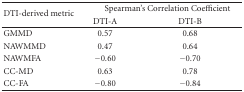
<table><thead><tr><td rowspan="2"><b>DTI-derived metric</b></td><td colspan="2"><b>Spearman&#x27;s Correlation Coefficient</b></td></tr><tr><td><b>DTI-A</b></td><td><b>DTI-B</b></td></tr></thead><tbody><tr><td>GMMD</td><td>0.57</td><td>0.68</td></tr><tr><td>NAWMMD</td><td>0.47</td><td>0.64</td></tr><tr><td>NAWMFA</td><td> −0.60</td><td> −0.70</td></tr><tr><td>CC-MD</td><td>0.63</td><td>0.78</td></tr><tr><td>CC-FA</td><td> −0.80</td><td> −0.84</td></tr></tbody></table>